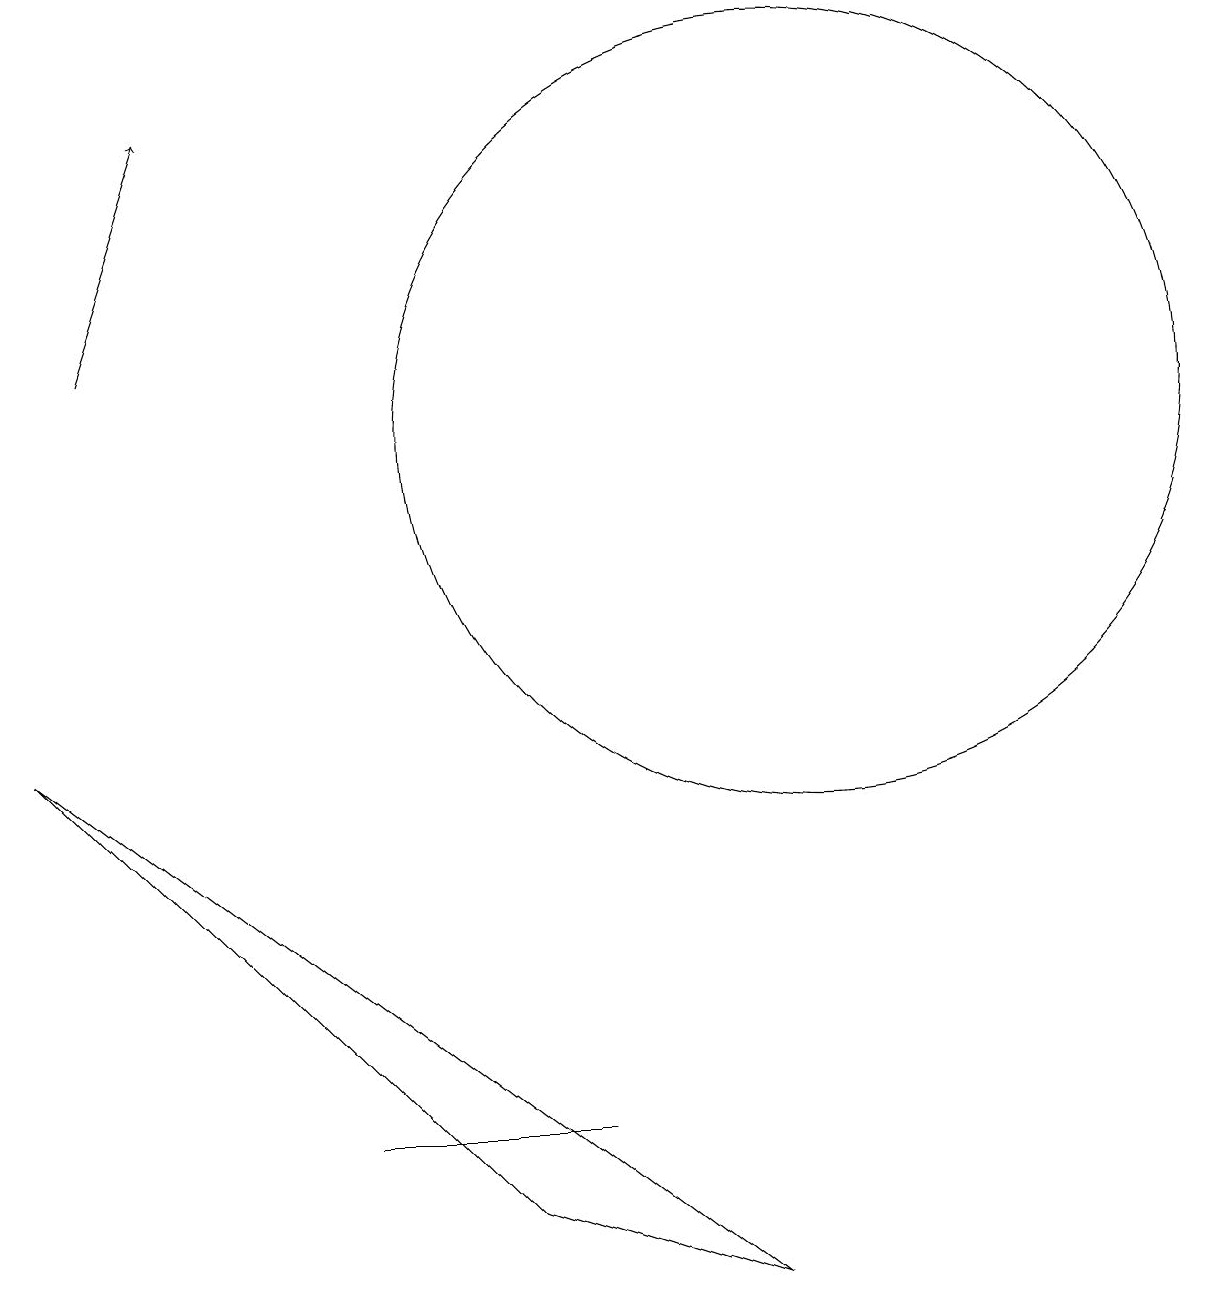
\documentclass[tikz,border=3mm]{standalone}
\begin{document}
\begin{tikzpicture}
\draw (10,11) circle (5);
\draw (0,7) -- (9,0) -- (6,1) -- cycle;
\draw (7,2) -- (4,2) -- (6,2) -- cycle;
\draw[->] (1,12) -- (2,15);
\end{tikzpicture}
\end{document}